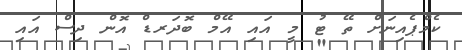
ކެމްޕެއިނަށް ތޭ ޓު މީ އައި އޭމް ބޮދަރޑް އޮން ދިސް އައި